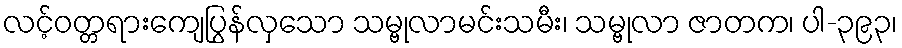
လင့်ဝတ္တရားကျေပြွန်လှသော သမ္ဗုလာမင်းသမီး၊ သမ္ဗုလာ ဇာတက၊ ပါ-၃၉၃၊